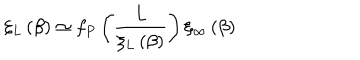
\xi _ { L } \left( \beta \right) \simeq f _ { P } \left( \frac { L } { \xi _ { L } \left( \beta \right) } \right) \xi _ { \infty } \left( \beta \right)